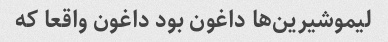
لیموشیرین‌ها داغون بود داغون واقعا که